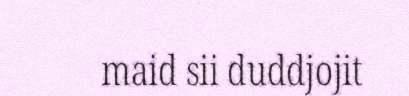
maid sii duddjojit